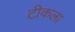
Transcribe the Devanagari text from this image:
टीकला